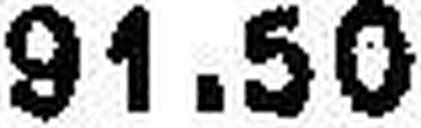
91.50